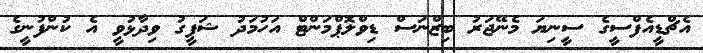
އެޗްޑީއެފްސީގެ ސީނިޔަ މެނޭޖަރު ބިޒްނަސް ޑިވްލޮޕްމަންޓް އަހުމަދު ޝަފީގު ވިދާޅުވީ އެ ކުންފުނީގެ